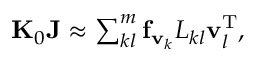
\begin{array} { r } { { \bf K } _ { 0 } { \bf J } \approx \sum _ { k l } ^ { m } { \bf f } _ { { \bf v } _ { k } } L _ { k l } { \bf v } _ { l } ^ { \mathrm { T } } , } \end{array}